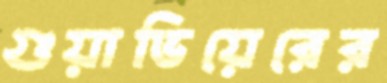
গুয়াভিয়েরের